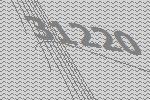
31220